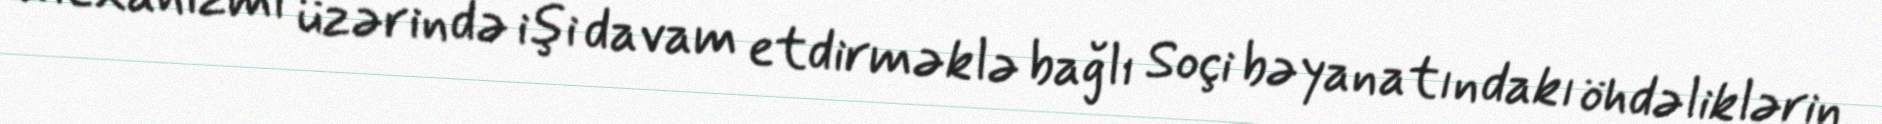
mexanizmi üzərində işi davam etdirməklə bağlı Soçi bəyanatındakı öhdəliklərin